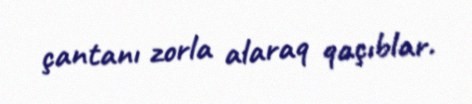
çantanı zorla alaraq qaçıblar.